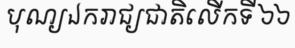
បុណ្យឯករាជ្យជាតិលើកទី ៦៦